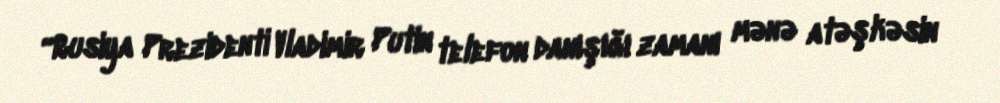
“Rusiya Prezidenti Vladimir Putin telefon danışığı zamanı mənə atəşkəsin